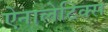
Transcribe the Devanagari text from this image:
ऐनालेटिक्स